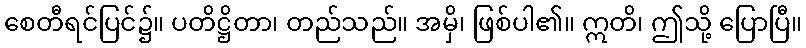
စေတီရင်ပြင်၌။ ပတိဋ္ဌိတာ၊ တည်သည်။ အမှိ၊ ဖြစ်ပါ၏။ ဣတိ၊ ဤသို့ ပြောပြီ။